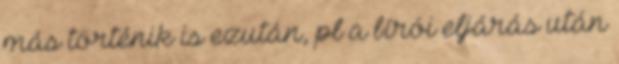
más történik is ezután, pl a bírói eljárás után